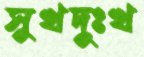
সুখদুঃখ